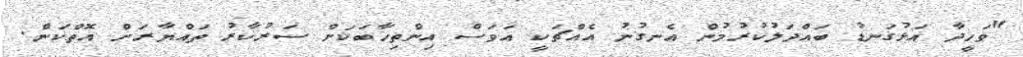
"ވަހީދާ އަޅުގަނޑު ބައްދަލުކުރުމުން އެނގުނު އެއްޗަކީ އަވަސް އިންތިހާބަކަށް ސަރުކާރު ތައްޔާރަށް އޮތްކަން.